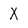
Character: X